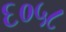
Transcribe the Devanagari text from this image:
६०५८